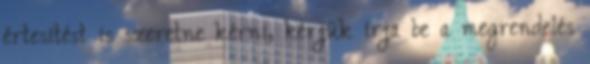
értesítést is szeretne kérni, kérjük írja be a megrendelés